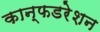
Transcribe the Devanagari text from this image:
कान्फडरेशन